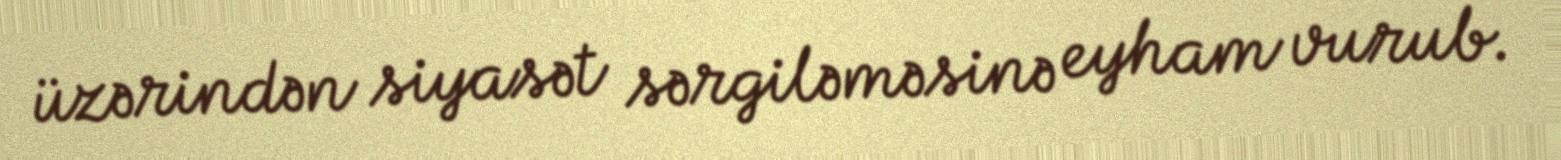
üzərindən siyasət sərgiləməsinə eyham vurub.